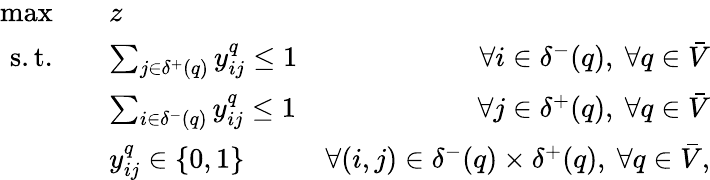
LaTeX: \begin{array}{rlr}{\operatorname*{max}\quad}&{z}\\ {\mathrm{s.t.}\quad}&{\sum_{j\in\delta^{+}(q)}y_{ij}^{q}\le 1}&{\forall i\in\delta^{-}(q),~\forall q\in\bar{V}}\\ &{\sum_{i\in\delta^{-}(q)}y_{ij}^{q}\le 1}&{\forall j\in\delta^{+}(q),~\forall q\in\bar{V}}\\ &{y_{ij}^{q}\in\{ 0,1\} }&{\forall(i,j)\in\delta^{-}(q)\times\delta^{+}(q),~\forall q\in\bar{V},}\end{array}